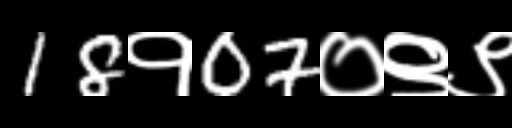
Text: 18१07०९९